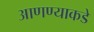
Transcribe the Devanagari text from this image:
आणण्याकडे